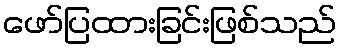
ဖော်ပြထားခြင်းဖြစ်သည်